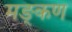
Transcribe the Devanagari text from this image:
मङ्कण